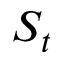
S _ { t }